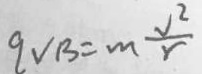
q v b = m \frac { V _ { 2 } } { r }